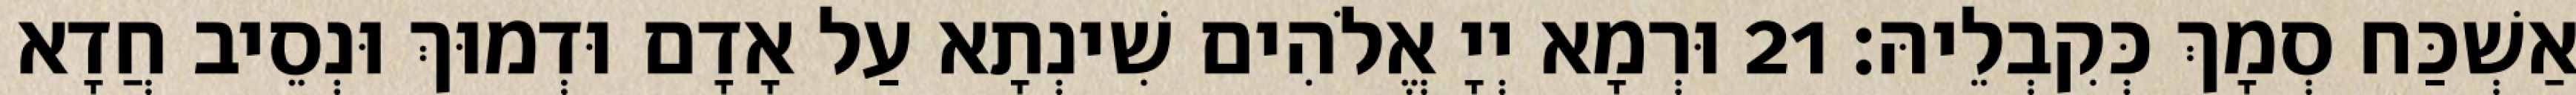
אַשְׁכַּח סְמָךְ כְּקִבְלֵיהּ׃ 21 וּרְמָא יְיָ אֱלֹהִים שִׁינְתָא עַל אָדָם וּדְמוּךְ וּנְסֵיב חֲדָא